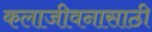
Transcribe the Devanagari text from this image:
कलाजीवनासाठी